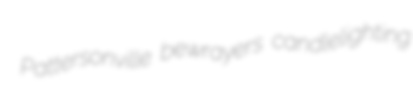
Pattersonville bewrayers candlelighting